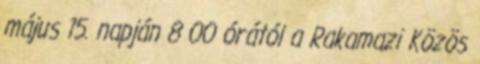
május 15. napján 8 00 órától a Rakamazi Közös